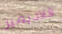
فلاديمير